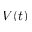
V ( t )